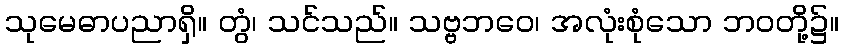
သုမေဓာပညာရှိ။ တွံ၊ သင်သည်။ သဗ္ဗဘဝေ၊ အလုံးစုံသော ဘဝတို့၌။